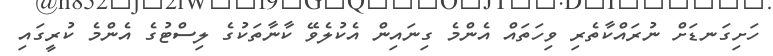
ހަށިގަނޑަށް ނުރައްކާތެރި ވިހަތައް އެންމެ ގިނައިން އެކުލެވޭ ކާނާތަކުގެ ލިސްޓުގެ އެންމެ ކުރީގައި